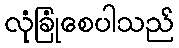
လုံခြုံစေပါသည်